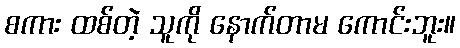
စကား ထစ်တဲ့ သူကို နောက်တာမ ကောင်းဘူး။